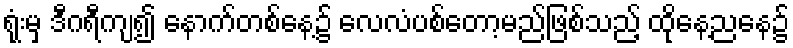
ရုံးမှ ဒီဂရီကျ၍ နောက်တစ်နေ့၌ လေလံပစ်တော့မည်ဖြစ်သည့် ထိုနေ့ညနေ၌